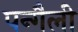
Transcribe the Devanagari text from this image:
पन्गैली